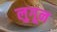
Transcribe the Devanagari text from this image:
लुगून